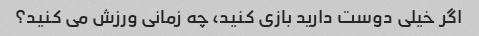
اگر خیلی دوست دارید بازی کنید، چه زمانی ورزش می کنید؟